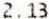
2.13